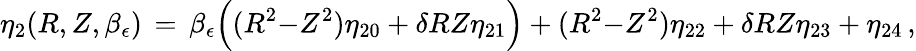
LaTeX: \eta_{2}(R,Z,\beta_{\epsilon})\, =\, \beta_{\epsilon}\Bigl((R^{2}{-}Z^{2})\eta_{20}+\delta RZ\eta_{21}\Bigr)+(R^{2}{-}Z^{2})\eta_{22}+\delta RZ\eta_{23}+\eta_{24}\, ,